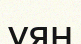
ұян